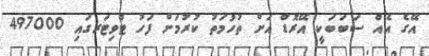
އޭގެ އެއް ސަބަބަކީ އޭރޮޑް އަށް ތުހުމަތު ކުރުމަށް ފަހު ޓްވިޓަރގައި 497000